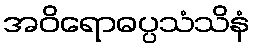
အဝိရောဓပ္ပသံသိနံ